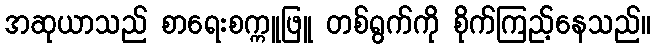
အဆုယာသည် စာရေးစက္ကူဖြူ တစ်ရွက်ကို စိုက်ကြည့်နေသည်။